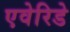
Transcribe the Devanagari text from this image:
एवेरिडे